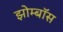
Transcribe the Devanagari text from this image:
झोम्बॉस